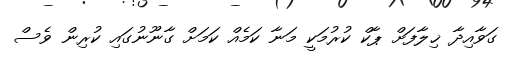
ގަވާއިދާ ޚިލާފަށް ޕާކް ކުރުމަކީ މަނާ ކަމެއް ކަމަށް ގާނޫނުގައި ކުރިން ވެސް